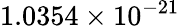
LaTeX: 1.0354\times 10^{-21}